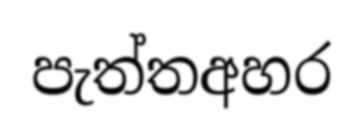
පැත්තඅහර